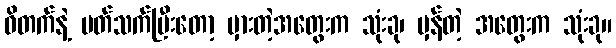
ဝိတက်နဲ့ ပတ်သက်ပြီးတော့ မှားတဲ့အတွေးက သုံးခု၊ မှန်တဲ့ အတွေးက သုံးခု။